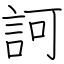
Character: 訶